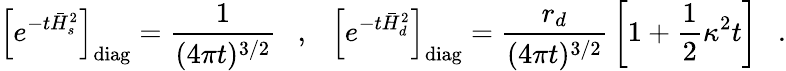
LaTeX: \left[e^{-t\bar{H}_{s}^{2}}\right]_{\mathrm{diag}}={\frac{1}{(4\pi t)^{3/2}}}~~~,{}~~~\left[e^{-t\bar{H}_{d}^{2}}\right]_{\mathrm{diag}}={\frac{r_{d}}{(4\pi t)^{3/2}}}\left[1+\frac 12\kappa^{2}t\right]~~~.